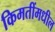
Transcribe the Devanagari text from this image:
किमतींमधील